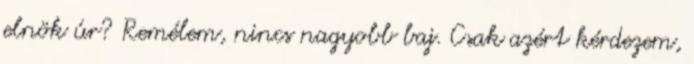
elnök úr? Remélem, nincs nagyobb baj. Csak azért kérdezem,